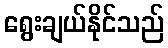
ရွေးချယ်နိုင်သည်